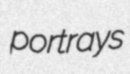
portrays